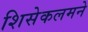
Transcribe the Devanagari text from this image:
शिसेकलमने